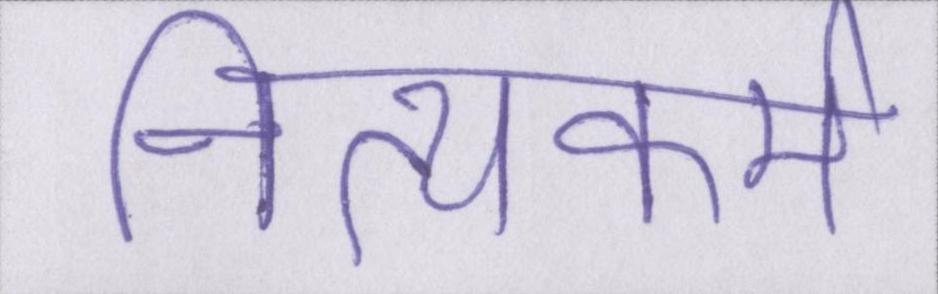
नित्यकर्म